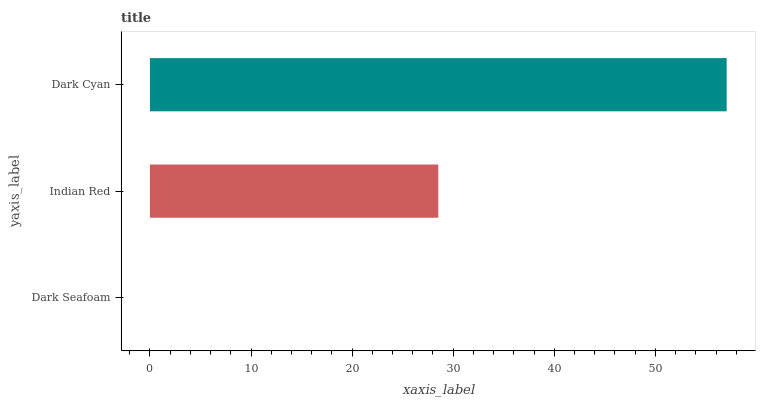
| yaxis_label | bars |
 | --- | --- |
 | Dark Seafoam | 0 |
 | Indian Red | 28.5 |
 | Dark Cyan | 57 |